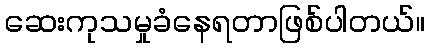
ဆေးကုသမှုခံနေရတာဖြစ်ပါတယ်။